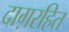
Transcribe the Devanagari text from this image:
दाग़रहित